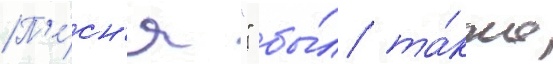
П'е́сн'я "" бы́л та́кже